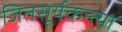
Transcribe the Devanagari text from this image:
जितसूर्यकन्त्या